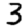
Digit: 3